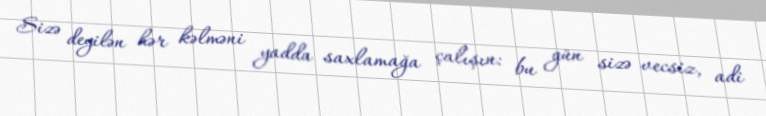
Sizə deyilən hər kəlməni yadda saxlamağa çalışın: bu gün sizə vecsiz, adi